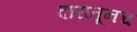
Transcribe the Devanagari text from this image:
दारातूनच